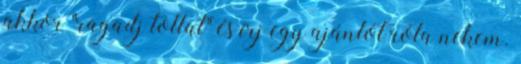
akkor "ragadj tollat" és írj egy ajánlót róla nekem.